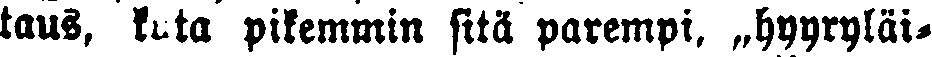
taus, kuta pikemmin sitä parempi, „hyyryläi-